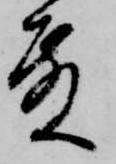
殿